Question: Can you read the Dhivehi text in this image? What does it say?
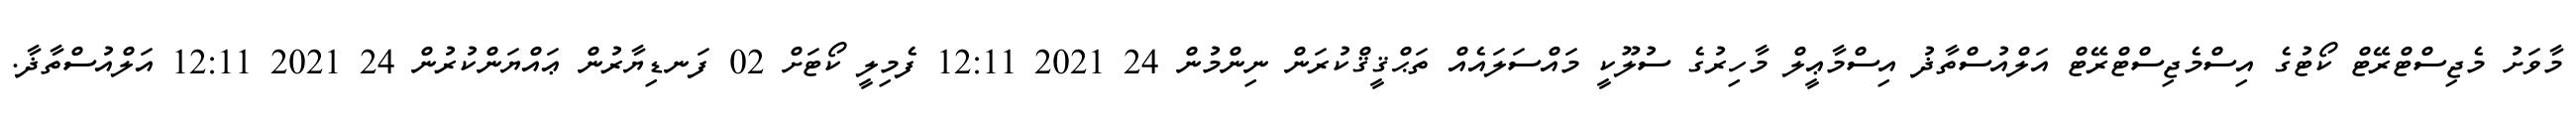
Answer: މާވަށު މެޖިސްޓްރޭޓް ކޯޓުގެ އިސްމެޖިސްޓްރޭޓް އަލްއުސްތާޛު އިސްމާޢީލް މާހިރުގެ ސުލޫކީ މައްސަލައެއް ތަޙްޤީޤްކުރަން ނިންމުން 24 2021 12:11 ފެމިލީ ކޯޓަށް 02 ފަނޑިޔާރުން ޢައްޔަންކުރުން 24 2021 12:11 އަލްއުސްތާޛާ.